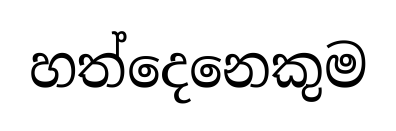
හත්දෙනෙකුම